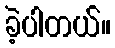
ခဲ့ပါတယ်။